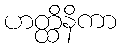
ဟတ္ထိနိကာ